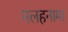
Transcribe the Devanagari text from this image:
मलहनामा